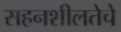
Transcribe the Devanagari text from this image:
सहनशीलतेचे